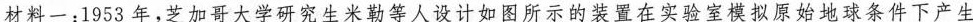
材料一：1953年，芝加哥大学研究生米勒等人设计如图所示的装置在实验室模拟原始地球条件下产生